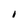
Character: I